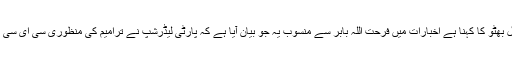
اس شخصیت کا کہنا تھا جو خود بھی سی ای سی کے اجلاس میں موجود تھے چئیرمین بلاول بھٹو کا کہنا ہے اخبارات میں فرحت اللہ بابر سے منسوب یہ جو بیان آیا ہے کہ پارٹی لیڈرشپ نے ترامیم کی منظوری سی ای سی کے فیصلوں کو بائی پاس کرتے ہوئے کیں اور کمیٹی کے ارکان کو اعتماد میں نہیں لیا گیا۔